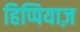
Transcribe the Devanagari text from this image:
हिप्पियाज़